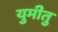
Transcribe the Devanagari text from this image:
युमीतु